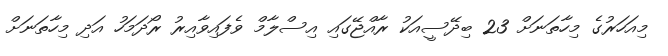
މިއަހަރުގެ މިހާތަނަށް 23 ބިދޭސީއަކު ރާއްޖޭގައި އިސްލާމް ވެފައިވާއިރު ރޯދަމަހު އަދި މިހާތަނަށް